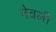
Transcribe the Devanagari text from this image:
नेवली